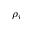
\rho _ { i }